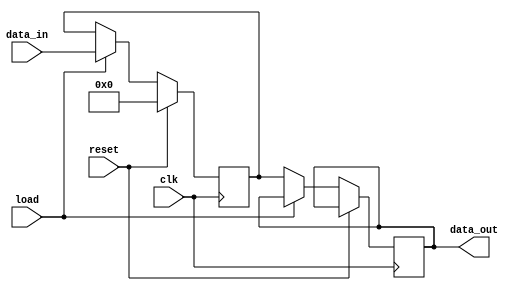
//pipo parallel in parallel out

module pipo(data_in,data_out,reset,load,clk);

	input clk,reset,load;
	input [3:0] data_in;
	output reg [3:0] data_out;
	reg [3:0] tmp;

	always @(posedge clk)
	begin
		if (reset)
			tmp[3:0] = 0;
		else if (load)
			tmp <= data_in;
		else
			data_out <= tmp;			
	end

endmodule


module pipo_tb();

	reg [3:0] data_in;
	reg clk,reset,load;
	wire [3:0] data_out;
	
	pipo p1(data_in,data_out,reset,load,clk);

	initial
	begin
		clk = 0;
		reset = 1;
		#10 reset = 0;
		load = 0;
		#10 load = 1;
		#20 load = 0;
	end

	always #5 clk = ~clk;

	initial
	begin
		data_in = 4'b0010;
		#50 data_in = 4'b0011;
	end
endmodule